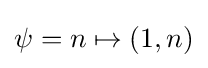
\psi =n\mapsto (1,n)